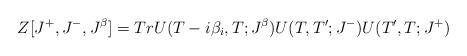
LaTeX: \begin{align*}Z[J^+, J^-, J^{\beta}]= Tr U(T-i\beta_i,T;J^{\beta})U(T,T';J^-)U(T',T;J^+)\end{align*}